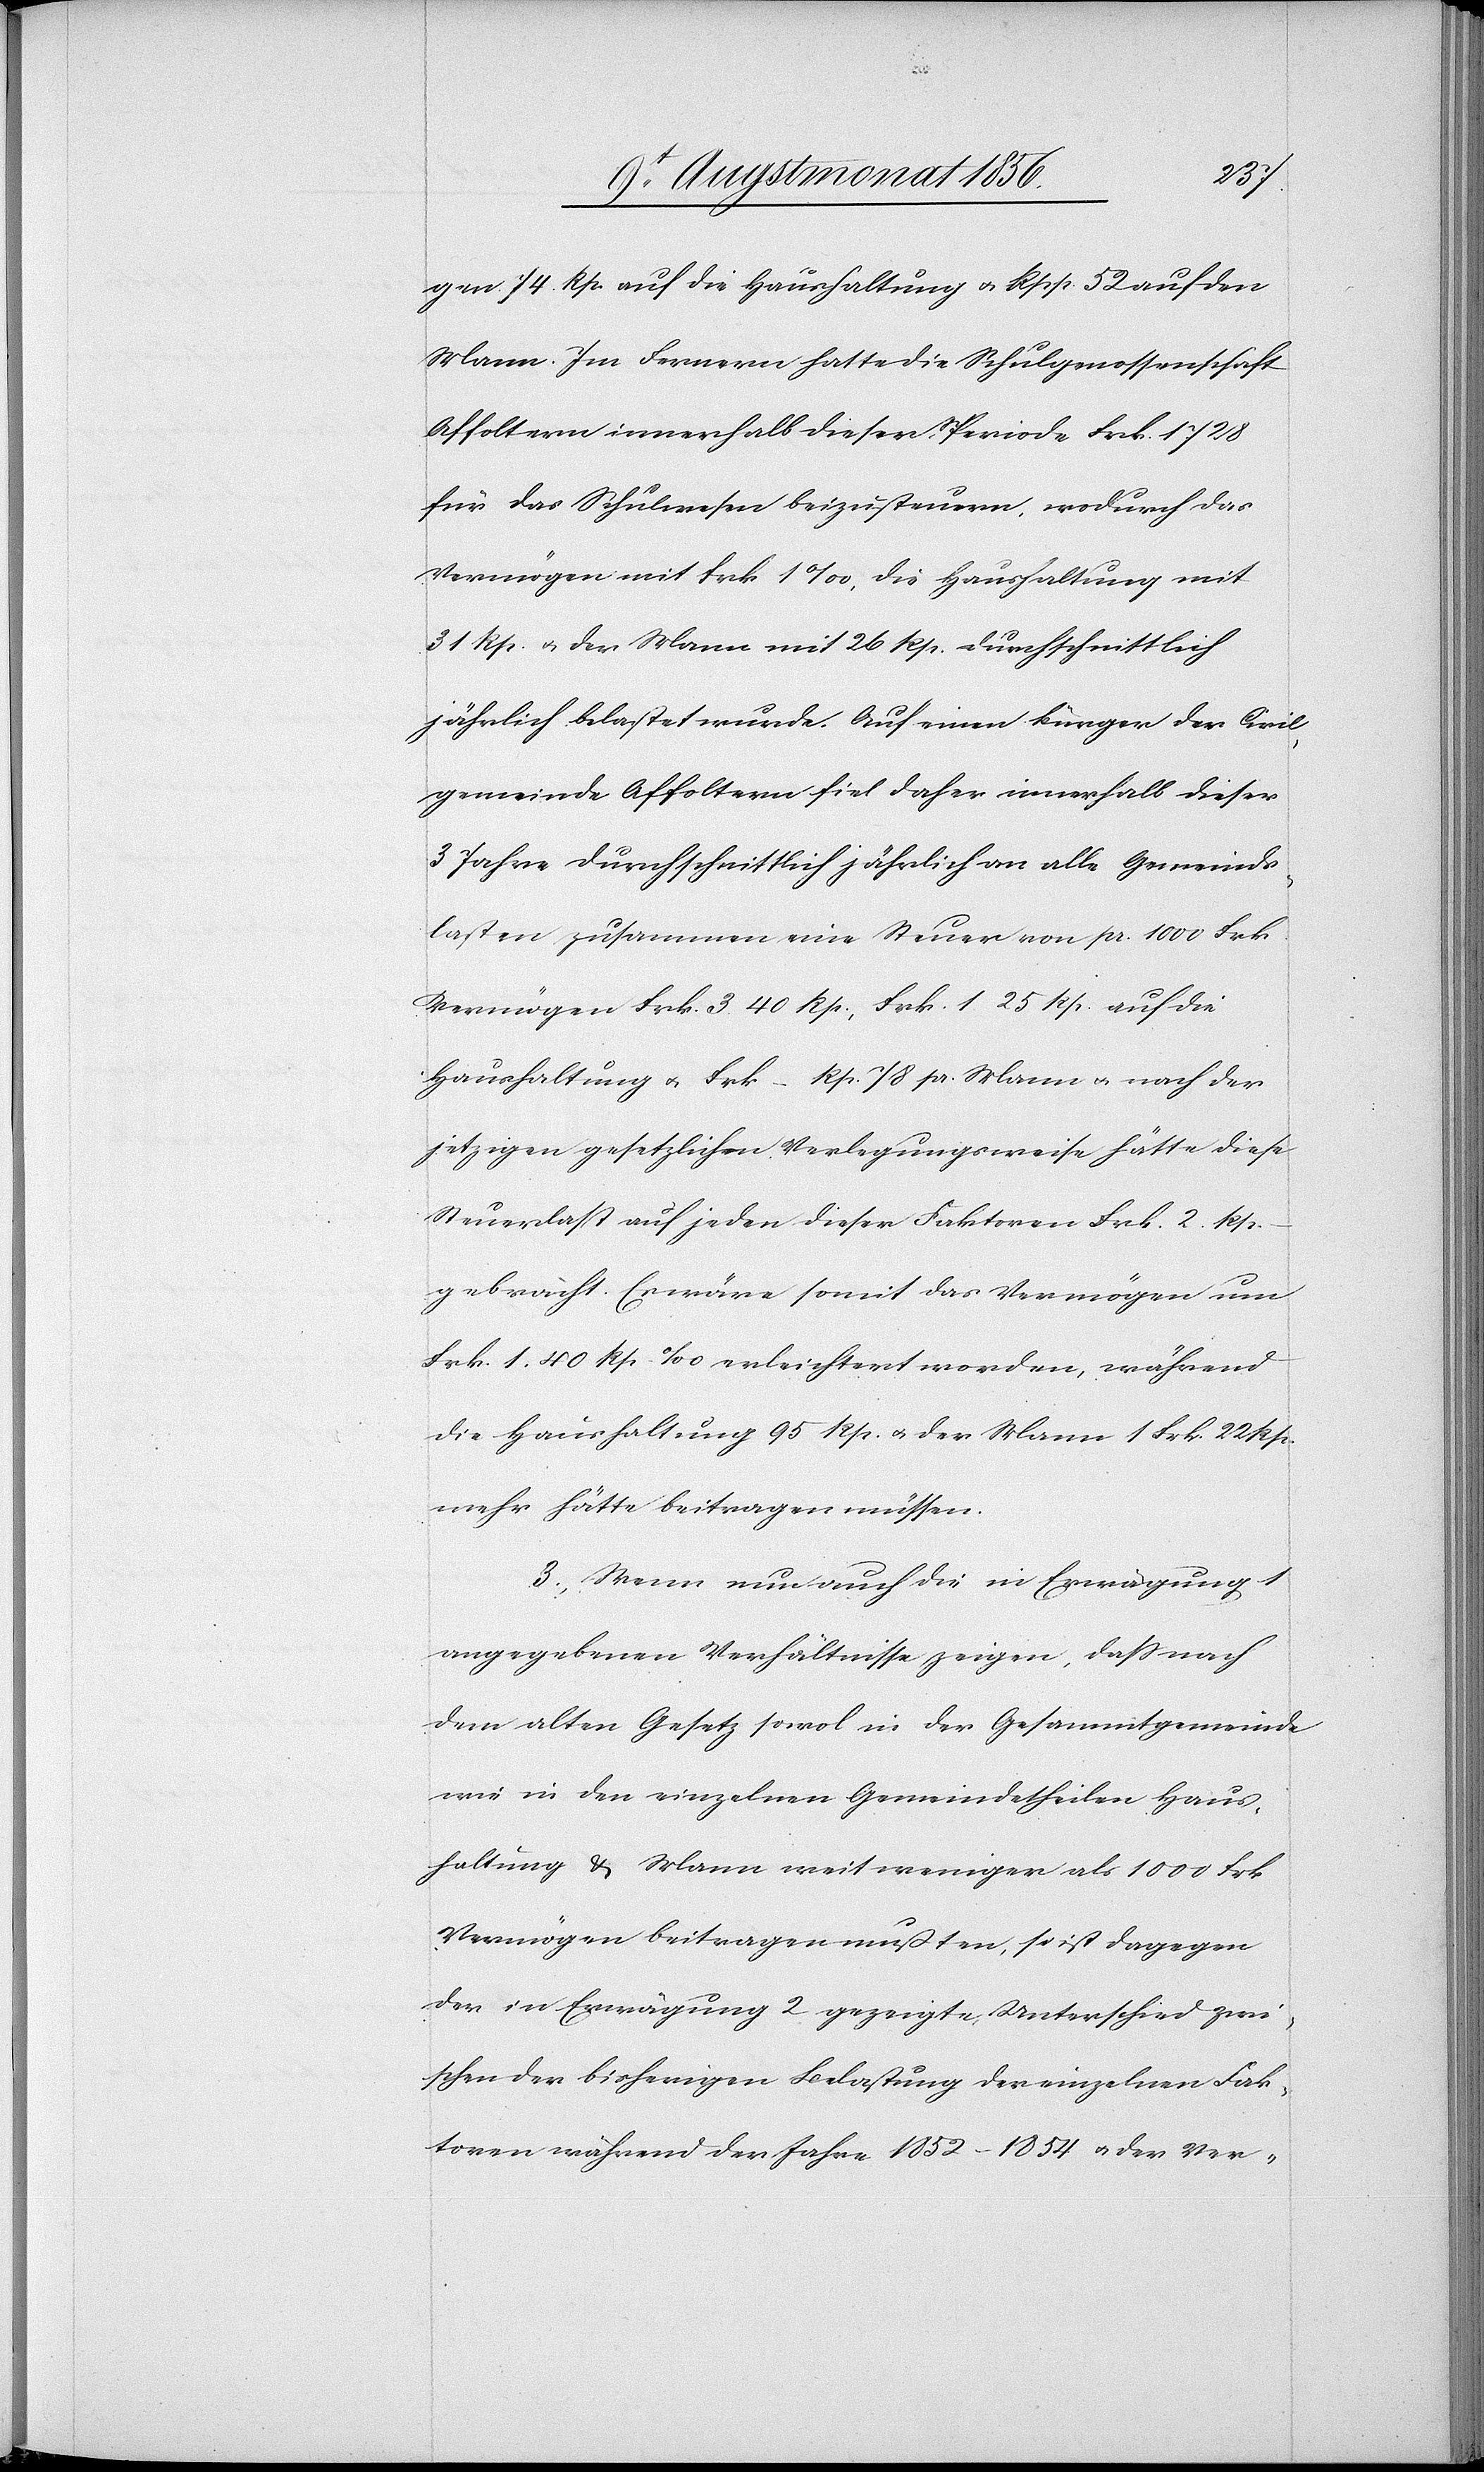
gen 74 Rp. auf die Haushaltung u. Rpp. 52 auf den
Mann. Im Fernern hatte die Schulgenossenschaft
Affoltern innerhalb dieser Periode Frk. 1728
für das Schulwesen beizusteuern, wodurch das
Vermögen mit Frk. 1‰, die Haushaltung mit
31 Rp. u. der Mann mit 26 Rp. durchschnittlich
jährlich belastet wurde. Auf einen Bürger der Civil¬
gemeinde Affoltern fiel daher innerhalb dieser
3 Jahre durchschnittlich jährlich an alle Gemeinds¬
lasten zusammen eine Steuer von pr. 1000 Frk.
Vermögen Frk. 3. 40 Rp., Frk. 1[.] 25 Rp. auf die
Haushaltung u. Frk. – Rp. 78 pr. Mann u. nach der
jetzigen gesetzlichen Verlegungsweise hätte diese
Steuerlast auf jeden dieser Faktoren Frk. 2. Rp.
gebracht. Es wäre somit das Vermögen um
Frk. 1. 40 Rp ‰ erleichtert worden, während
die Haushaltung 95 Rp. u. der Mann 1 Frk. 22 Rp.
mehr hätte beitragen müssen.
3.) Wenn nun auch die in Erwägung 1
angegebenen Verhältnisse zeigen, dass nach
dem alten Gesetz sowol in der Gesammtgemeinde
wie in den einzelnen Gemeindetheilen Haus¬
haltung & Mann weit weniger als 1000 Frk.
Vermögen beitragen mußten, so ist dagegen
der in Erwägung 2 gezeigte Unterschied zwi¬
schen der bisherigen Belastung der einzelnen Fak¬
toren während der Jahre 1852–1854 u. der Ver-